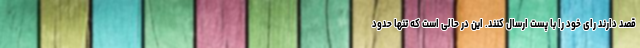
قصد دارند رای خود را با پست ارسال کنند. این در حالی است که تنها حدود